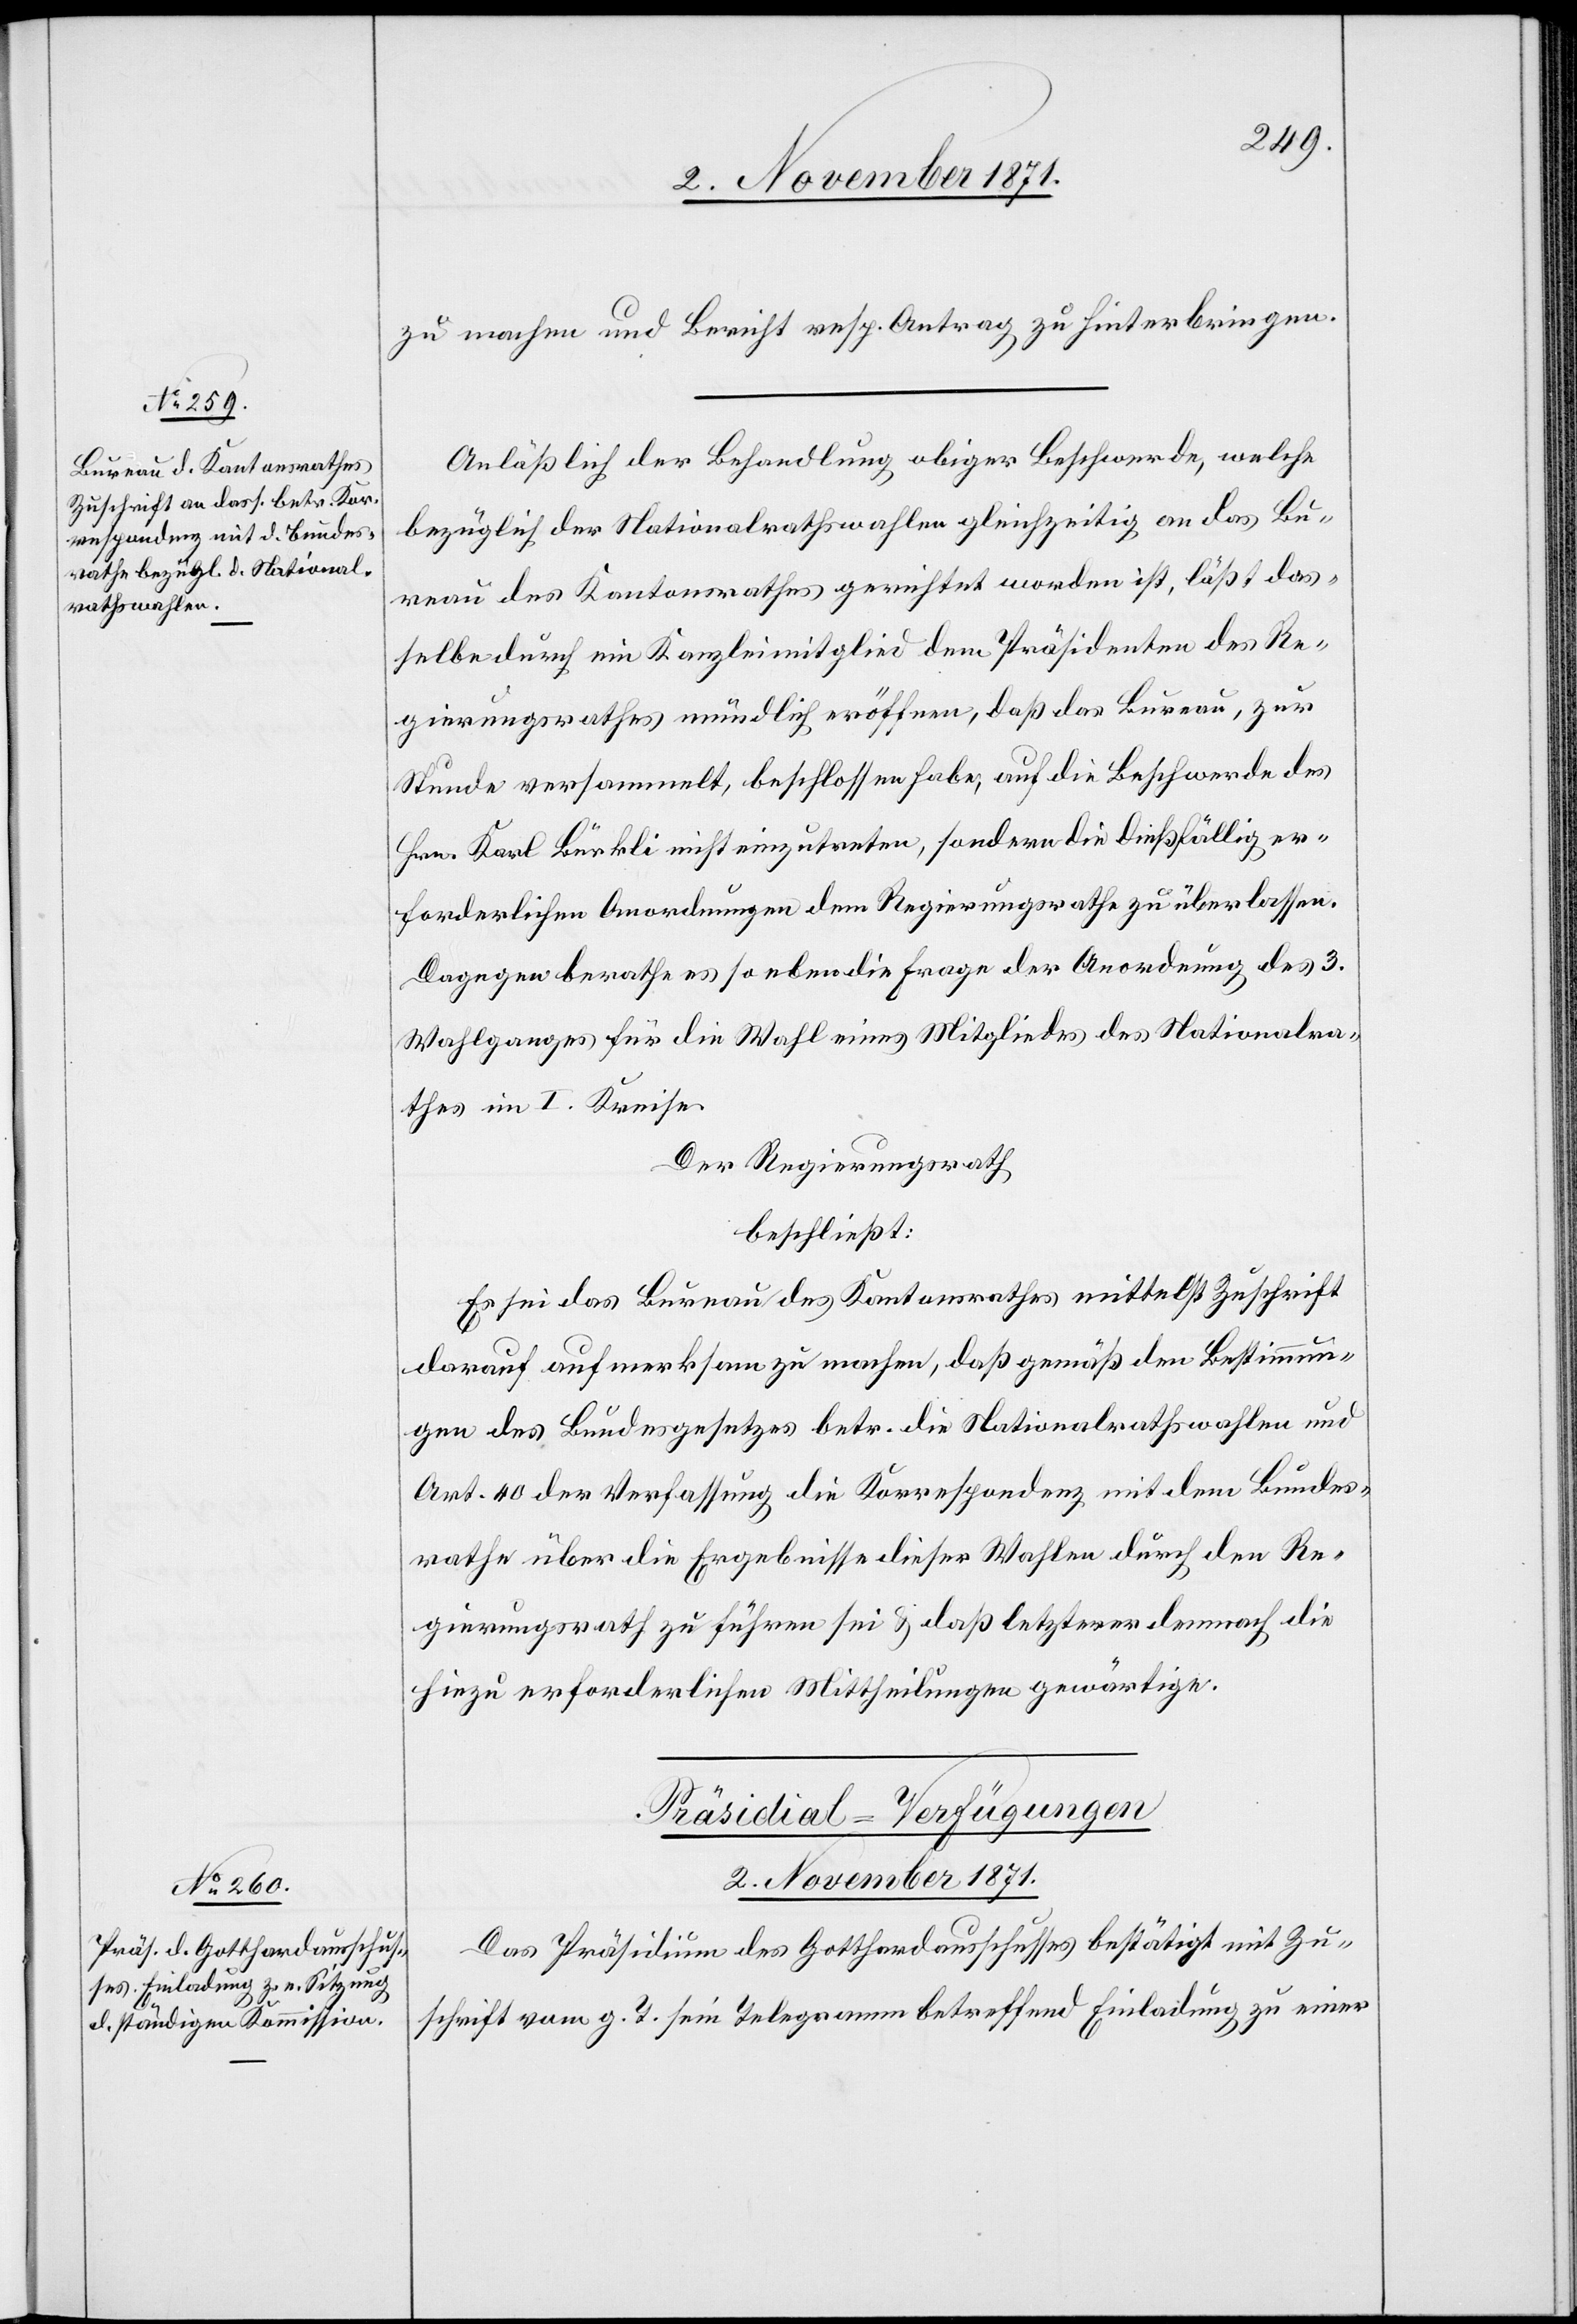
zu machen und Bericht resp. Antrag zu hinterbringen.
Anläßlich der Behandlung obiger Beschwerde, welche
bezüglich der Nationalrathswahlen gleichzeitig an das Bu¬
reau des Kantonsrathes gerichtet worden ist, läßt das¬
selbe durch ein Kanzleimitglied dem Präsidenten des Re¬
gierungsrathes mündlich eröffnen, daß das Bureau, zur
Stunde versammelt, beschlossen habe, auf die Beschwerde des
Hrn. Karl Bürkli nicht einzutreten, sondern die dießfällig er¬
forderlichen Anordnungen dem Regierungsrathe zu überlassen.
Dagegen berathe es soeben die Frage der Anordnung des 3.
Wahlganges für die Wahl eines Mitgliedes des Nationalra¬
thes im I. Kreise.
Der Regierungsrath
beschließt:
Es sei das Bureau des Kantonsrathes mittelst Zuschrift
darauf aufmerksam zu machen, daß gemäß den Bestimmun¬
gen des Bundesgesetzes betr. die Nationalrathswahlen und
Art. 40 der Verfassung die Korrespondenz mit dem Bundes¬
rathe über die Ergebnisse dieser Wahlen durch den Re¬
gierungsrath zu führen sei & daß letzteres demnach die
hiezu erforderlichen Mittheilungen gewärtige.
Präsidial-Verfügungen
2. November 1871.
Das Präsidium des Gotthardausschusses bestätigt mit Zu¬
schrift vom g. T. sein Telegramm betreffend Einladung zu einer